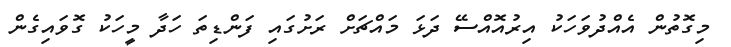
މިގޮތުން އެއްދުވަހަކު އިރުއޮއްސޭ ދަޅަ މައްޗަށް ރަށުގައި ފަންޑިތަ ހަދާ މީހަކު ގޮވައިގެން